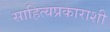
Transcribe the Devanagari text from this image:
साहित्यप्रकाराशी